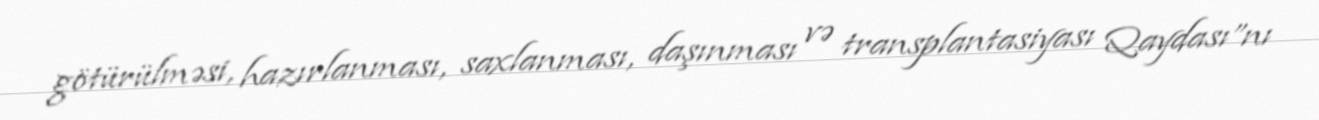
götürülməsi, hazırlanması, saxlanması, daşınması və transplantasiyası Qaydası”nı